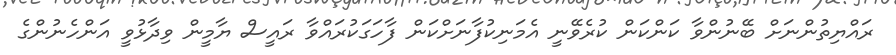
ރައްޔިތުންނަށް ބޭނުންވާ ކަންކަން ކުރެވޭނީ އެމަނިކުފާނަށްކަން ފާހަގަކުރައްވާ ރައީސް ޔާމީން ވިދާޅުވީ އަންހެނުންގެ